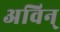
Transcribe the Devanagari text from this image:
अविन्